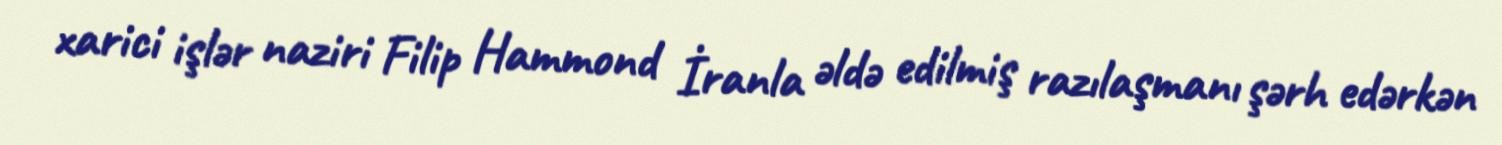
xarici işlər naziri Filip Hammond İranla əldə edilmiş razılaşmanı şərh edərkən